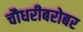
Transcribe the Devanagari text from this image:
चौधरीबरोबर